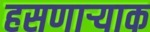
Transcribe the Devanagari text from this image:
हसणार्‍याक